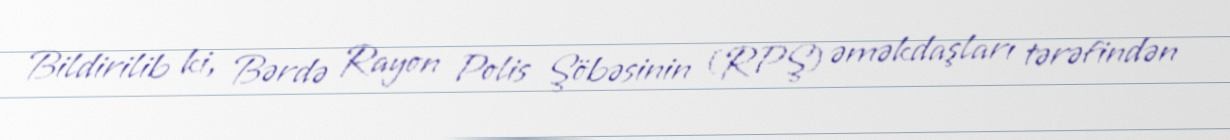
Bildirilib ki, Bərdə Rayon Polis Şöbəsinin (RPŞ) əməkdaşları tərəfindən